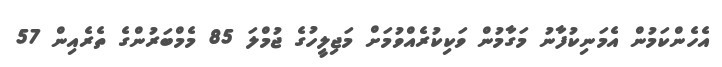
އެހެންކަމުން އެމަނިކުފާނު މަގާމުން ވަކިކުރެއްވުމަށް މަޖިލީހުގެ ޖުމްލަ 85 މެމްބަރުންގެ ތެރެއިން 57